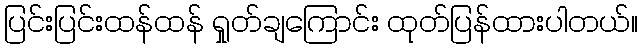
ပြင်းပြင်းထန်ထန် ရှုတ်ချကြောင်း ထုတ်ပြန်ထားပါတယ်။